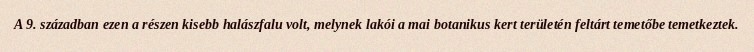
A 9. században ezen a részen kisebb halászfalu volt, melynek lakói a mai botanikus kert területén feltárt temetőbe temetkeztek.